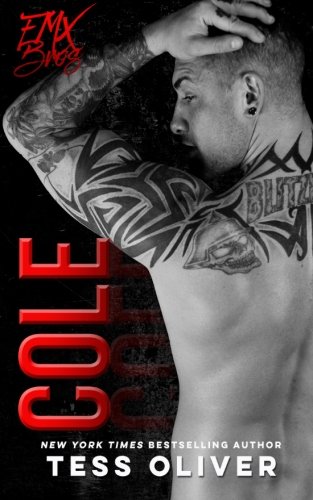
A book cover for Cole (FMX Bros) (Volume 1); Tess Oliver; Romance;